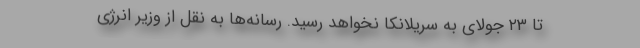
تا ۲۳ جولای به سریلانکا نخواهد رسید. رسانه‌ها به نقل از وزیر انرژی